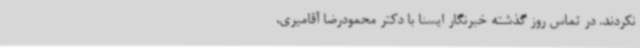
نکردند. در تماس روز گذشته‌ خبرنگار ایسنا با دکتر محمودرضا آقامیری،